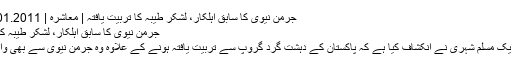
جرمن نیوی کا سابق اہلکار، لشکر طیبہ کا تربیت یافتہ | معاشرہ | DW | 24.01.2011
جرمن نیوی کا سابق اہلکار، لشکر طیبہ کا تربیت یافتہ
جرمنی کے ایک مسلم شہری نے انکشاف کیا ہے کہ پاکستان کے دہشت گرد گروپ سے تربیت یافتہ ہونے کے علاوہ وہ جرمن نیوی سے بھی وابستہ رہا ہے۔